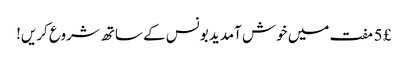
£ 5 مفت میں خوش آمدید بونس کے ساتھ شروع کریں!